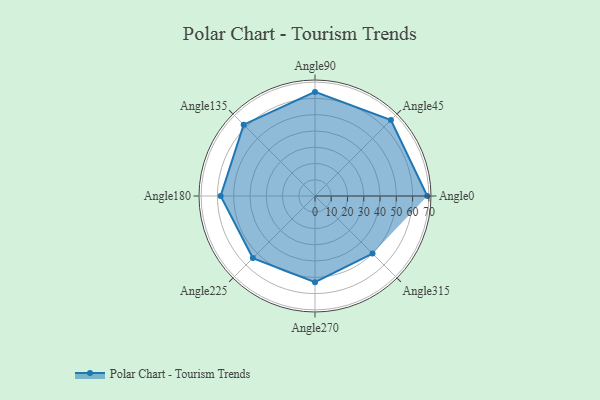
{"axis": {"x": "Angle", "y": "Radius"}, "legend": [""], "data": [{"x": "Angle0", "y": 69.0, "type": ""}, {"x": "Angle45", "y": 66.0, "type": ""}, {"x": "Angle90", "y": 64.0, "type": ""}, {"x": "Angle135", "y": 62.0, "type": ""}, {"x": "Angle180", "y": 58.0, "type": ""}, {"x": "Angle225", "y": 54.0, "type": ""}, {"x": "Angle270", "y": 53.0, "type": ""}, {"x": "Angle315", "y": 50, "type": ""}]}